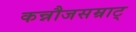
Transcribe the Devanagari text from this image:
कन्नौजसम्राट्